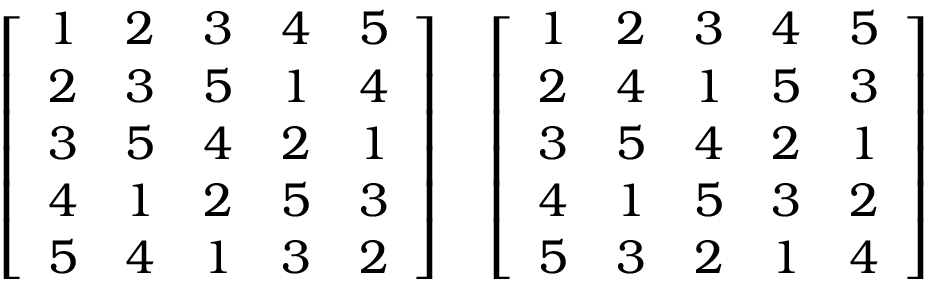
{ \left[ \begin{array} { l l l l l } { 1 } & { 2 } & { 3 } & { 4 } & { 5 } \\ { 2 } & { 3 } & { 5 } & { 1 } & { 4 } \\ { 3 } & { 5 } & { 4 } & { 2 } & { 1 } \\ { 4 } & { 1 } & { 2 } & { 5 } & { 3 } \\ { 5 } & { 4 } & { 1 } & { 3 } & { 2 } \end{array} \right] } \quad { \left[ \begin{array} { l l l l l } { 1 } & { 2 } & { 3 } & { 4 } & { 5 } \\ { 2 } & { 4 } & { 1 } & { 5 } & { 3 } \\ { 3 } & { 5 } & { 4 } & { 2 } & { 1 } \\ { 4 } & { 1 } & { 5 } & { 3 } & { 2 } \\ { 5 } & { 3 } & { 2 } & { 1 } & { 4 } \end{array} \right] }